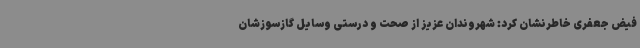
فیض جعفری خاطرنشان کرد: شهروندان عزیز از صحت و درستی وسایل گازسوزشان